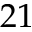
2 1